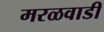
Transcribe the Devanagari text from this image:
मरळवाडी